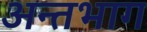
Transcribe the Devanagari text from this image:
अन्तभाग